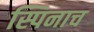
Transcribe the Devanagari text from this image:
स्पिनाच